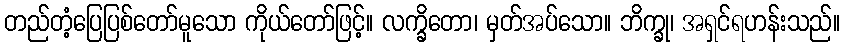
တည်တံ့ပြေပြစ်တော်မူသော ကိုယ်တော်ဖြင့်။ လက္ခိတော၊ မှတ်အပ်သော။ ဘိက္ခု၊ အရှင်ရဟန်းသည်။